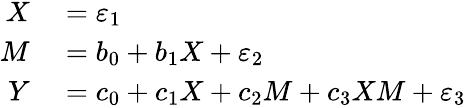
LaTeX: \begin{array}{rl}{X}&{{}=\varepsilon_{1}}\\ {M}&{{}=b_{0}+b_{1}X+\varepsilon_{2}}\\ {Y}&{{}=c_{0}+c_{1}X+c_{2}M+c_{3}XM+\varepsilon_{3}}\end{array}